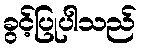
ခွင့်ပြုပါသည်